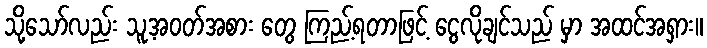
သို့သော်လည်း သူ့အဝတ်အစား တွေ ကြည့်ရတာဖြင့် ငွေလိုချင်သည် မှာ အထင်အရှား။